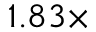
1 . 8 3 \times